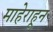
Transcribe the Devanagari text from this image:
माहेराहून